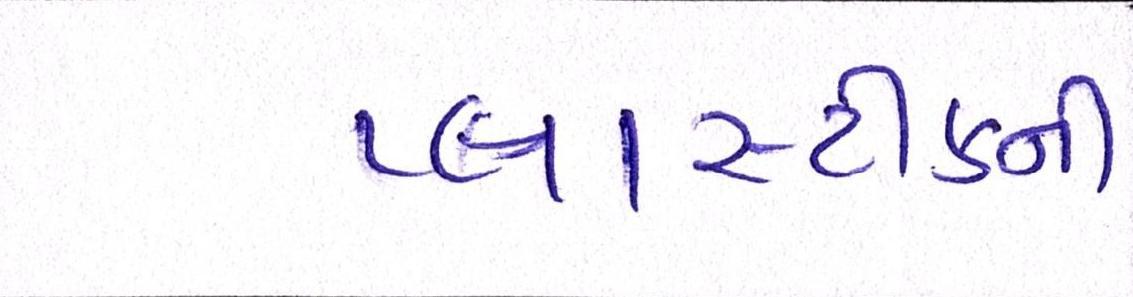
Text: પ્લાસ્ટીકની